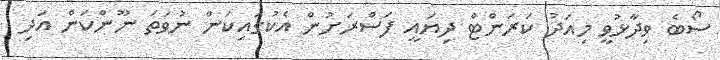
ސޯބެ ވިދާޅުވީ މިއަދު ކަރަންޓް ދިޔައީ ފަސްރަށުން އެކުގައިކަން ނުވަތަ ނޫންކަން އަދި